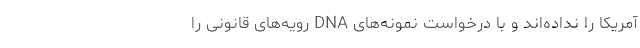
آمریکا را نداده‌اند و با درخواست نمونه‌های DNA رویه‌های قانونی را